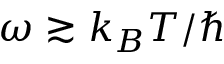
\omega \gtrsim k _ { B } T / \hbar